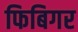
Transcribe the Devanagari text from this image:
फिबिगर